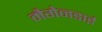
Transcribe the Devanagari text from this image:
मैगेनडाई